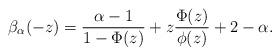
LaTeX: \begin{align*}\beta_\alpha(-z)=\frac{\alpha-1}{1-\Phi(z)} + z \frac{\Phi(z)}{\phi(z)} + 2 - \alpha.\end{align*}